Scottish Certificate of Education, 1963
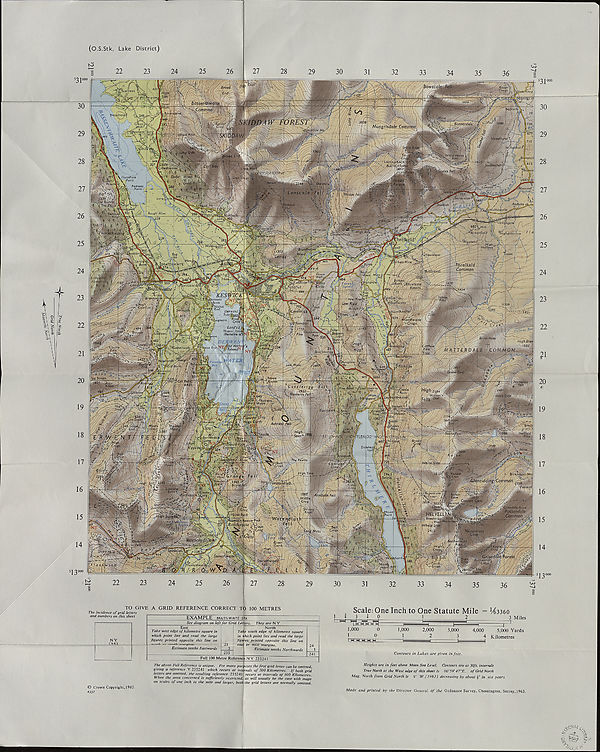
Grid North
(O.S.Stk. Lake District)
22
23
TO GIVE A GRID REFERENCE CORRECT TO 100 METRES
The incidence of grid letters
and numbers on this sheet
NY
(35)
EXAMPLE BRAITH WAITE
—
STA
East
Take west edge of kilometre square in
which point lies and read the large
figures printed opposite this line on
Estimate tenths Eastwards
See diagram on left for Grid Letters. They are N Y
235
North
Take south edge of kilometre square
in yhich point lies and read the large
figiires printed opposite this line on
eas{ or west margins.
Estimate tenths Northwards
Full 100 Metre Reference NY 235241
The above Full Reference is unique. For many purposes the first grid letter can be omitted,
giving a reference Y 235241 which recurs at intervals of 500 Kilometres. If both grid
letters are omitted, the resulting reference 235241
When the area concerned is sufficiently restricted, t
241
Scale: One Inch to One Statute Mile = V63360
2*0
1
2
3 Miles
4,000
5,000 Yards
4 Kilometres
recurs at intervals of 100 Kilometres,
as will usually be the case with maps
Crown Copyright, 1963.
on scales of one inch to the mile and larger, both the grid letters are normally omitted.
Contours in Lakes are given in feet.
Heights are in feet above Mean Sea Level. Contours are at 50ft. intervals
True North at the West edge of this sheet is 00°59' 47"E. of Grid North
Mag. North from Grid North is 9° W.(1963) decreasing by about in six years
Made and printed by the Director General of the Ordnance Survey, Chessington, Surrey, 1963.
•y Va